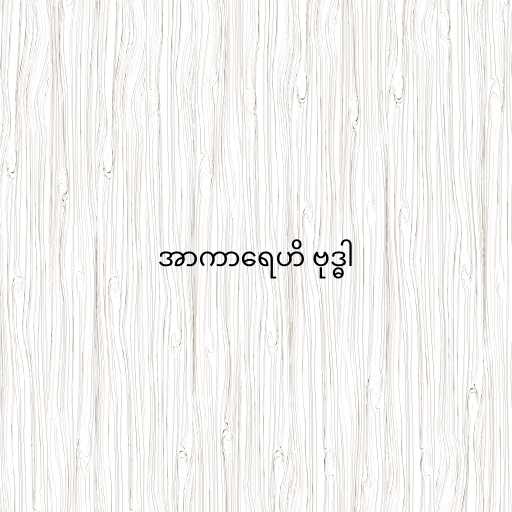
အာကာရေဟိ ဗုဒ္ဓါ